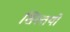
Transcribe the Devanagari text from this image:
शिस्तयों